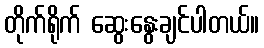
တိုက်ရိုက် ဆွေးနွေးချင်ပါတယ်။